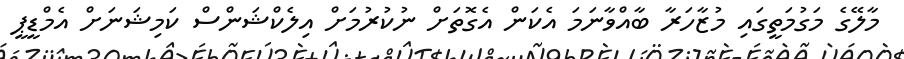
މާލޭގެ މަގުމަތީގައި މުޒާހަރާ ބާއްވާނަމަ އެކަން އެގޮތަށް ނުުކުރުމަށް އިލެކްޝަންސް ކަމިޝަނަށް އެމްޑީޕީ